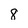
Character: 8